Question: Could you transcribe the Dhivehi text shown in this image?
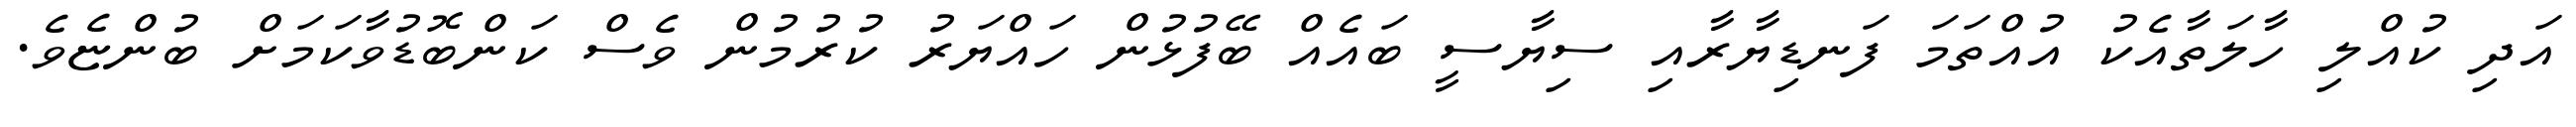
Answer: އަދި ކުއްލި ހާލަތާއެކު އުއްތަމަ ފަނޑިޔާރާއި ސިޔާސީ ބައެއް ބޭފުޅުން ހައްޔަރު ކުރުމުން ވެސް ކަންބޮޑުވާކަމަށް ބުންޏެވެ.